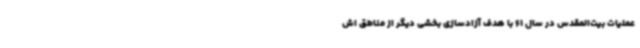
عملیات بیت‌المقدس در سال 61 با هدف آزادسازی بخشی دیگر از مناطق اش